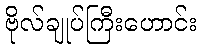
ဗိုလ်ချုပ်ကြီးဟောင်း